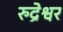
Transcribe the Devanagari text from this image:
रुद्रेश्वर